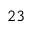
^ { 2 3 }